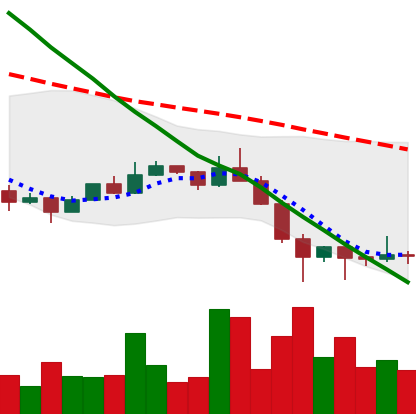
Ticker: ETC-USD
Chart end date: 2022-01-27
Forward return: 10.5%
Label: up_7plus